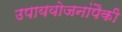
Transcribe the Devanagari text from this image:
उपाययोजनांपैकी